Report of the Municipal Commissioner on the plague in Bombay for the year ending 31st May... - Volume 1
Disease focus: Plague
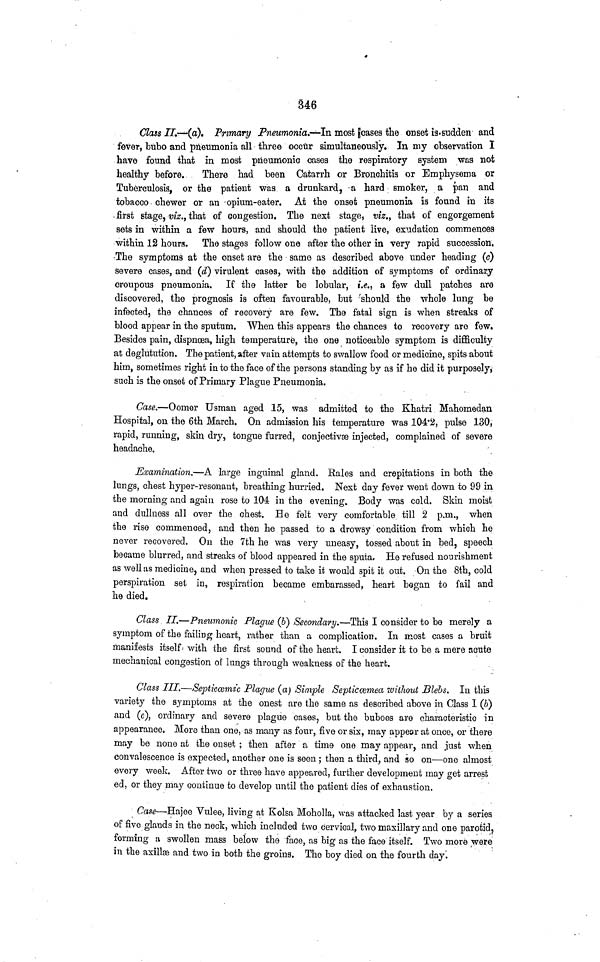
346
Class IL—(α). Primary Pneumonia.—In most ¡cases the onset is-sudden and
fever, bubo and pneumonia all three occur simultaneously. In my observation I
have found that in most pneumonic cases the respiratory system was not
healthy before.
There had been Catarrh or Bronchitis or Emphysema or
Tuberculosis, or the patient was a drunkard, a hard smoker, a pan and
tobacco chewer or an opium-eater. At the onset pneumonia is found in its
first stage, viz., that of congestion. The next stage, viz., that of engorgement
sets in within a few hours, and should the patient live, exudation commences
within 12 hours. The stages follow one after the other in very rapid succession.
The symptoms at the onset are the same as described above under heading (c)
severe cases, and (d) virulent cases, with the addition of symptoms of ordinary
croupous pneumonia. If the latter be lobular, i.e., a few dull patches are
discovered, the prognosis is often favourable, but 'should the whole lung be
infected, the chances of recovery are few. The fatal sign is when streaks of
blood appear in the sputum. When this appears the chances to recovery are few.
Besides pain, dispnoea, high temperature, the one noticeable symptom is difficulty
at deglutution. The patient, after vain attempts to s\vallow food or medicine, spits about
him, sometimes right in to the face of the persons standing by as if he did it purposely,
such is the onset of Primary Plague Pneumonia.
Case.—Oomer Usman aged 15, was admitted to the Khatri Mahomedan
Hospital, on the 6th March. On admission his temperature was 104·2, pulse 130,
rapid, running, skin dry, tongue furred, conjectivse injected, complained of severe
headache.
Examination.—A large inguinal gland, Rales and crepitations in both the
lungs, chest hyper-resonant, breathing hurried. Next day fever went down to 99 in
the morning and again rose to 104 in the evening. Body was cold. Skin moist
and dullness all over the chest. He felt very comfortable till 2 p.m., when
the riso commenced, and then he passed to a drowsy condition from which he
never recovered. On the 7th he was very uneasy, tossed about in bed, speech
became blurred, and streaks of blood appeared in the sputa. He refused nourishment
as well as medicine, and when pressed to take it would spit it out. On the 8th, cold
perspiration set in, respiration became embarassed, heart began to fail and
he died.
Class II.—Pneumonic Plague (δ) Secondary.—This I consider to be merely a
symptom of the failing heart, rather than a complication. In most cases a bruit
manifests itself with the first sound of the heart. I consider it to be a mere acute
mechanical congestion of längs through weakness of the heart.
Class III.—Septicamic Plague (a) Simple Septicoemea without Blebs. In this
variety the symptoms at the onest are the same as described above in Class I (b)
and (c), ordinary and severe plague cases, but the buboes are characteristic in
appearance. More than one, as many as four, five or six, may appear at once, or there
may be none at the onset ; then after a time one may appear, and just when
convalescence is expected, another one is seen ; then a third, and so on—one almost
every week. After two or three have appeared, further development may get arrest,
ed, or they may continue to develop until the patient dies of exhaustion.
Case—Hajee Vulee, living at Kolsa Moholla, was attacked last year by a series
of five glauds in the neck, which included two cervical, two maxillary and one parotid,
forming a swollen mass below the face, as big as the face itself. Two more were
in the axillae and two in botb the groins. The boy died on the fourth day.